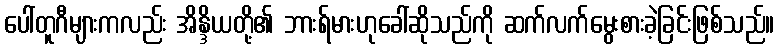
ပေါ်တူဂီများကလည်း အိန္ဒိယတို့၏ ဘားရ်မားဟုခေါ်ဆိုသည်ကို ဆက်လက်မွေးစားခဲ့ခြင်းဖြစ်သည်။